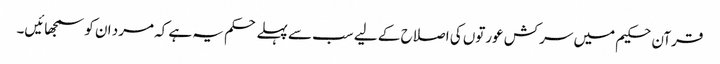
قرآن حکیم میں سرکش عورتوں کی اصلاح کے لیے سب سے پہلے حکم یہ ہے کہ مرد ان کو سمجھائیں۔